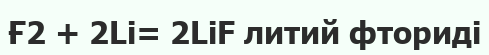
Ғ2 + 2Li= 2LiF литий фториді